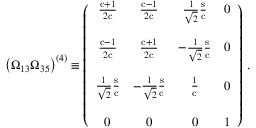
\left( \Omega _ { 1 3 } \Omega _ { 3 5 } \right) ^ { ( 4 ) } \equiv \left( \begin{array} { c c c c } { { \frac { \mathrm { c } + 1 } { 2 \mathrm { c } } } } & { { \frac { \mathrm { c } - 1 } { 2 \mathrm { c } } } } & { { \frac { 1 } { \sqrt { 2 } } \frac { \mathrm { s } } { \mathrm { c } } } } & { { 0 } } \\ { { } } & { { } } & { { } } & { { } } \\ { { \frac { \mathrm { c } - 1 } { 2 \mathrm { c } } } } & { { \frac { \mathrm { c } + 1 } { 2 \mathrm { c } } } } & { { - \frac { 1 } { \sqrt { 2 } } \frac { \mathrm { s } } { \mathrm { c } } } } & { { 0 } } \\ { { } } & { { } } & { { } } & { { } } \\ { { \frac { 1 } { \sqrt { 2 } } \frac { \mathrm { s } } { \mathrm { c } } } } & { { - \frac { 1 } { \sqrt { 2 } } \frac { \mathrm { s } } { \mathrm { c } } } } & { { \frac { 1 } { \mathrm { c } } } } & { { 0 } } \\ { { } } & { { } } & { { } } & { { } } \\ { { 0 } } & { { 0 } } & { { 0 } } & { { 1 } } \end{array} \right) \, .